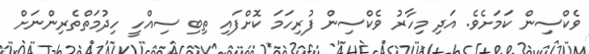
ވެކްސިން ކަމަށެވެ. އަދި މިހާރު ވެކްސިން ފުރިހަމަ ކޮށްފައި ތިބި ސިއްހީ ހިދުމަތްތެރިންނަށް